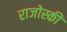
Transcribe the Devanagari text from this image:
राजोस्की